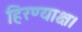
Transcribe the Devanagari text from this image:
हिरण्याक्ष।